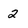
Character: 2